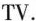
TV.